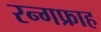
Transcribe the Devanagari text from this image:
रन्गफ्राह